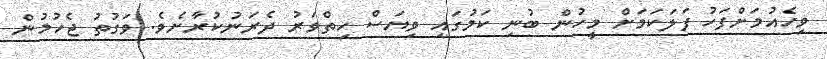
ވިހެއުމަށްފަހު ފަލަކަމަށް މީހުން ބުނި ކަމުގައި ވިޔަސް ހިތްވަރު ދެރަނުކުރާށެވެ. ވަގުތު ޖެހުމުން